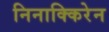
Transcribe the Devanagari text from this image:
निनाक्किरेन